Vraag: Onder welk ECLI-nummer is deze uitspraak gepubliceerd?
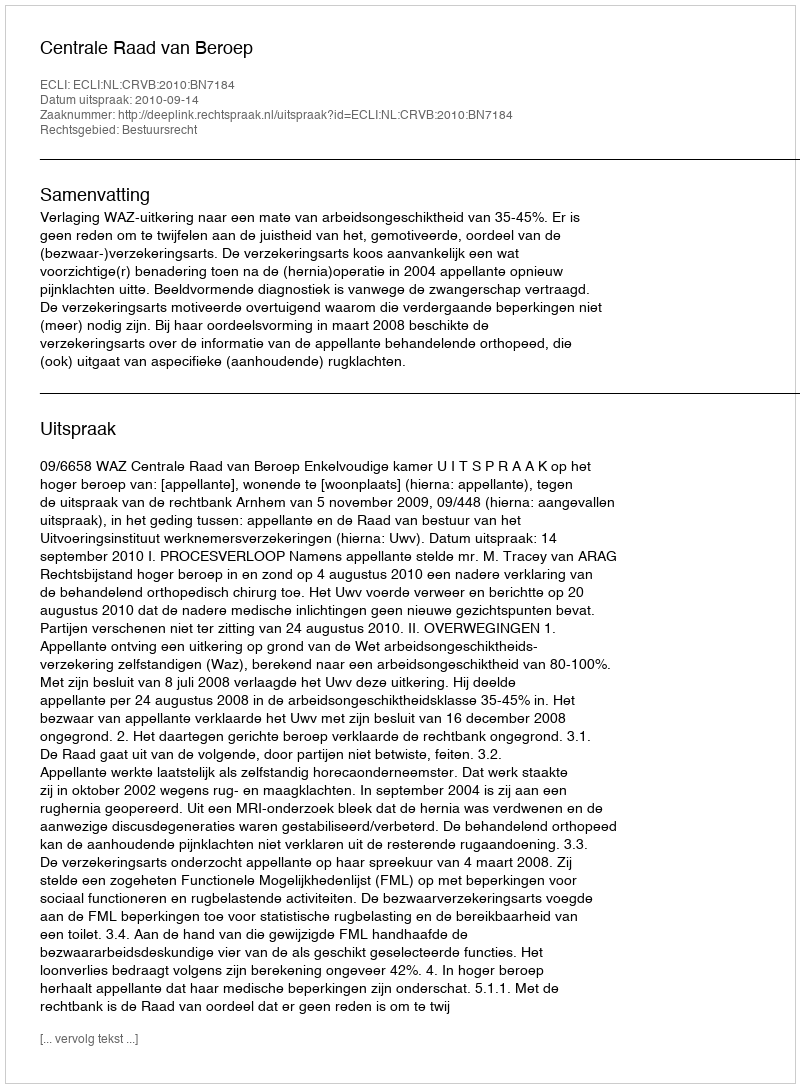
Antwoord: ECLI:NL:CRVB:2010:BN7184